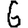
Digit: 6